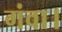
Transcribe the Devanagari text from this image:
गंवा।